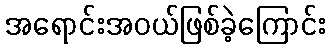
အရောင်းအဝယ်ဖြစ်ခဲ့ကြောင်း